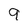
Character: 9